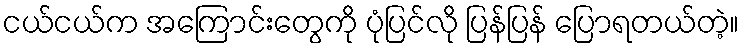
ငယ်ငယ်က အကြောင်းတွေကို ပုံပြင်လို ပြန်ပြန် ပြောရတယ်တဲ့။